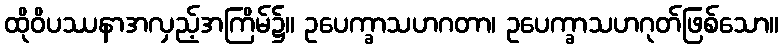
ထိုဝိပဿနာအလှည့်အကြိမ်၌။ ဥပေက္ခာသဟဂတာ၊ ဥပေက္ခာသဟဂုတ်ဖြစ်သော။